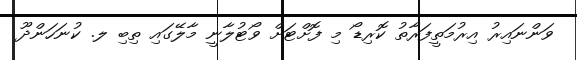
ވަންނައިރު އިރުމަތީފަރާތު ކޮރިޑޯ މި ފޮށްޓަށް ވޯޓުލާނީ މާލޭގައި ތިބި ލ. ކުނަހަންދޫ